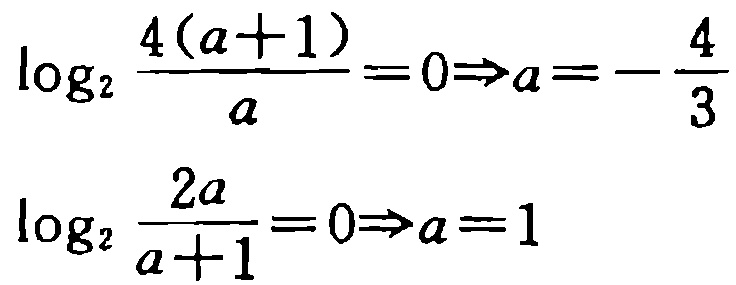
\(\log_{2}\frac{4(a + 1)}{a}=0\Rightarrow a=-\frac{4}{3}\)
\(\log_{2}\frac{2a}{a + 1}=0\Rightarrow a=1\)